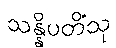
သန္နိပတိံသု